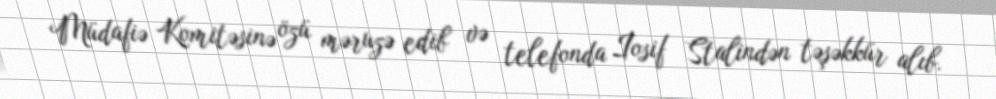
Müdafiə Komitəsinə özü məruzə edib və telefonda İosif Stalindən təşəkkür alıb.